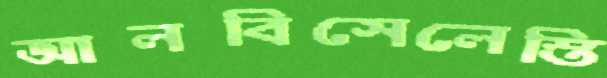
আলবিসেলেস্তি